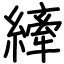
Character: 縴